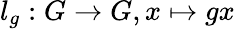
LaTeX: l_{g}:G\to G,x\mapsto gx